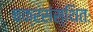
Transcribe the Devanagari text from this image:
चक्रसंस्थितः